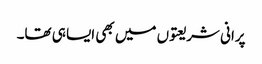
پرانی شریعتوں میں بھی ایسا ہی تھا۔